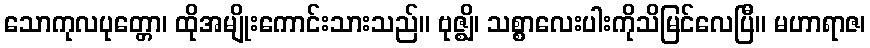
သောကုလပုတ္တော၊ ထိုအမျိုးကောင်းသားသည်။ ဗုဇ္ဈိ၊ သစ္စာလေးပါးကိုသိမြင်လေပြီ။ မဟာရာဇ၊